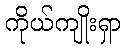
ကိုယ်ကျိုးရှာ